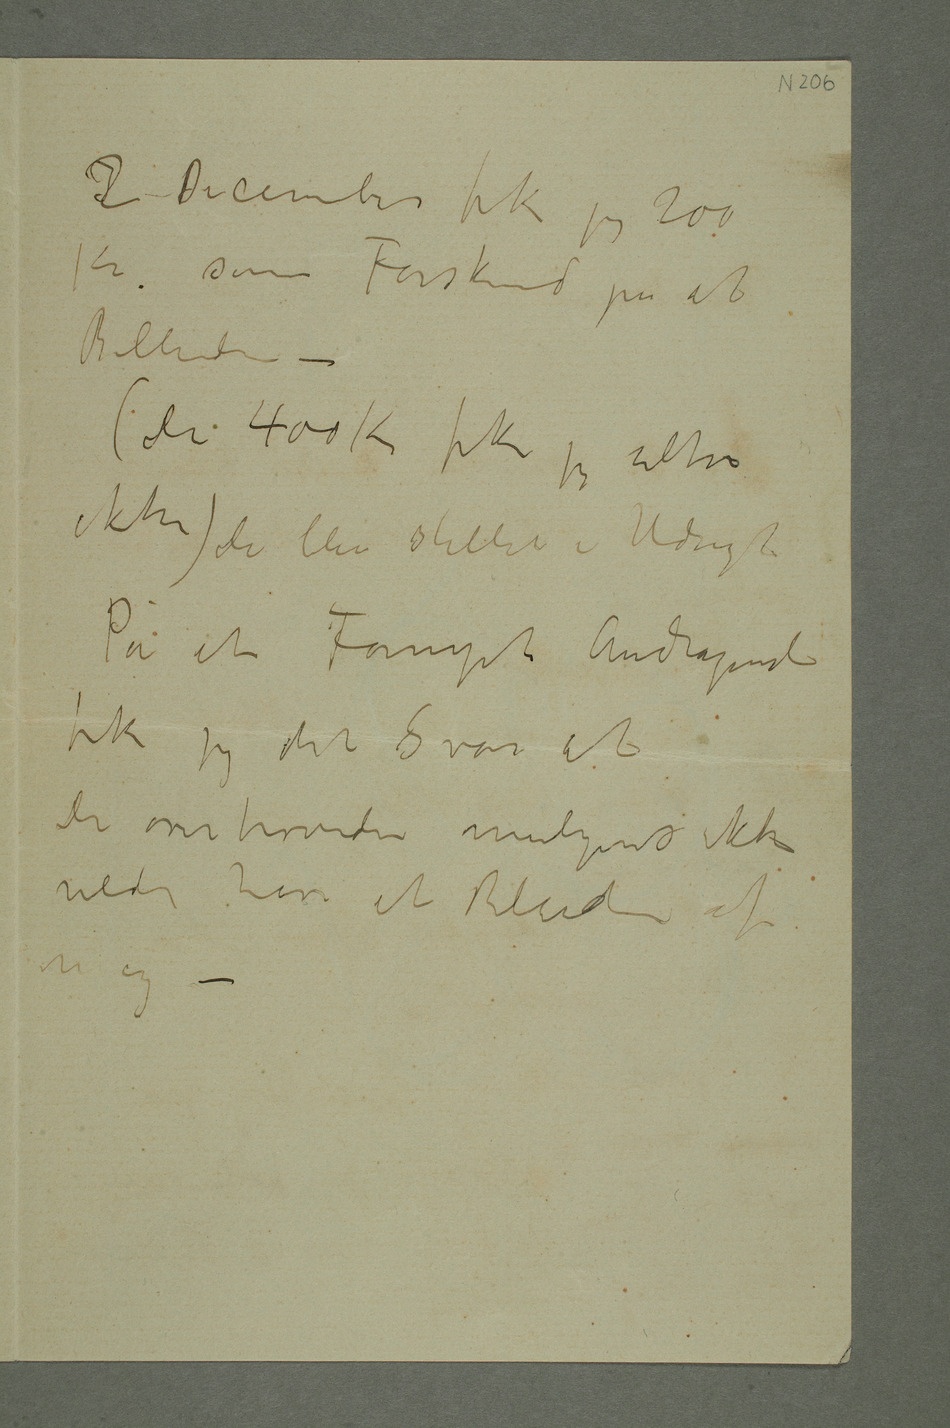
I2 December fik jeg 200
Kr som Forskud på et
Billede –
(de 400 Kr fik jeg altså
ikke) de blev stillet i Udsigt
På et Fornyet Andragende
fik jeg det sSvar at
de overhovede muligens ikke
vilde have et Billede af
mig –